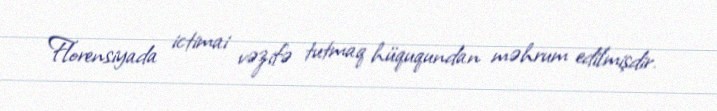
Florensiyada ictimai vəzifə tutmaq hüququndan məhrum edilmişdir.